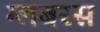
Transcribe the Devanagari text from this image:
ग्लबरस